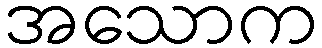
အသောက